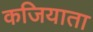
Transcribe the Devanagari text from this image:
कजियाता